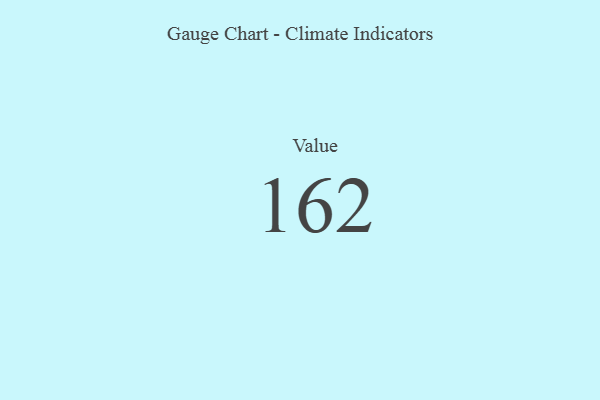
{"axis": {"x": "Metric", "y": "Value"}, "legend": [""], "data": [{"x": "Value", "y": 162, "type": ""}]}